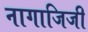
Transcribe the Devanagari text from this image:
नागाजिजी